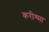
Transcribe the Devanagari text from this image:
करीश्मा